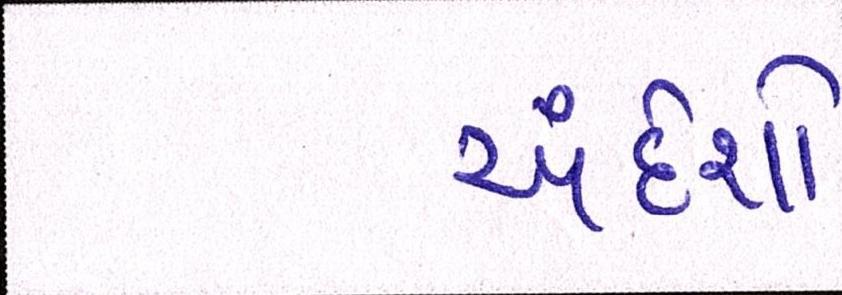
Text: અંદેશો